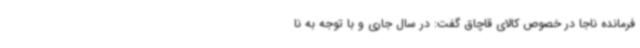
فرمانده ناجا در خصوص کالای قاچاق گفت: در سال جاری و با توجه به نا